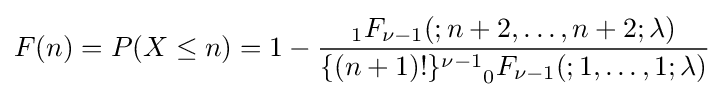
F(n)=P(X\leq n)=1-{\frac {_{1}F_{\nu -1}(;n+2,\ldots ,n+2;\lambda )}{{\{(n+1)!\}^{\nu -1}}_{0}F_{\nu -1}(;1,\ldots ,1;\lambda )}}